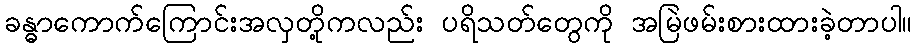
ခန္ဓာကောက်ကြောင်းအလှတို့ကလည်း ပရိသတ်တွေကို အမြဲဖမ်းစားထားခဲ့တာပါ။